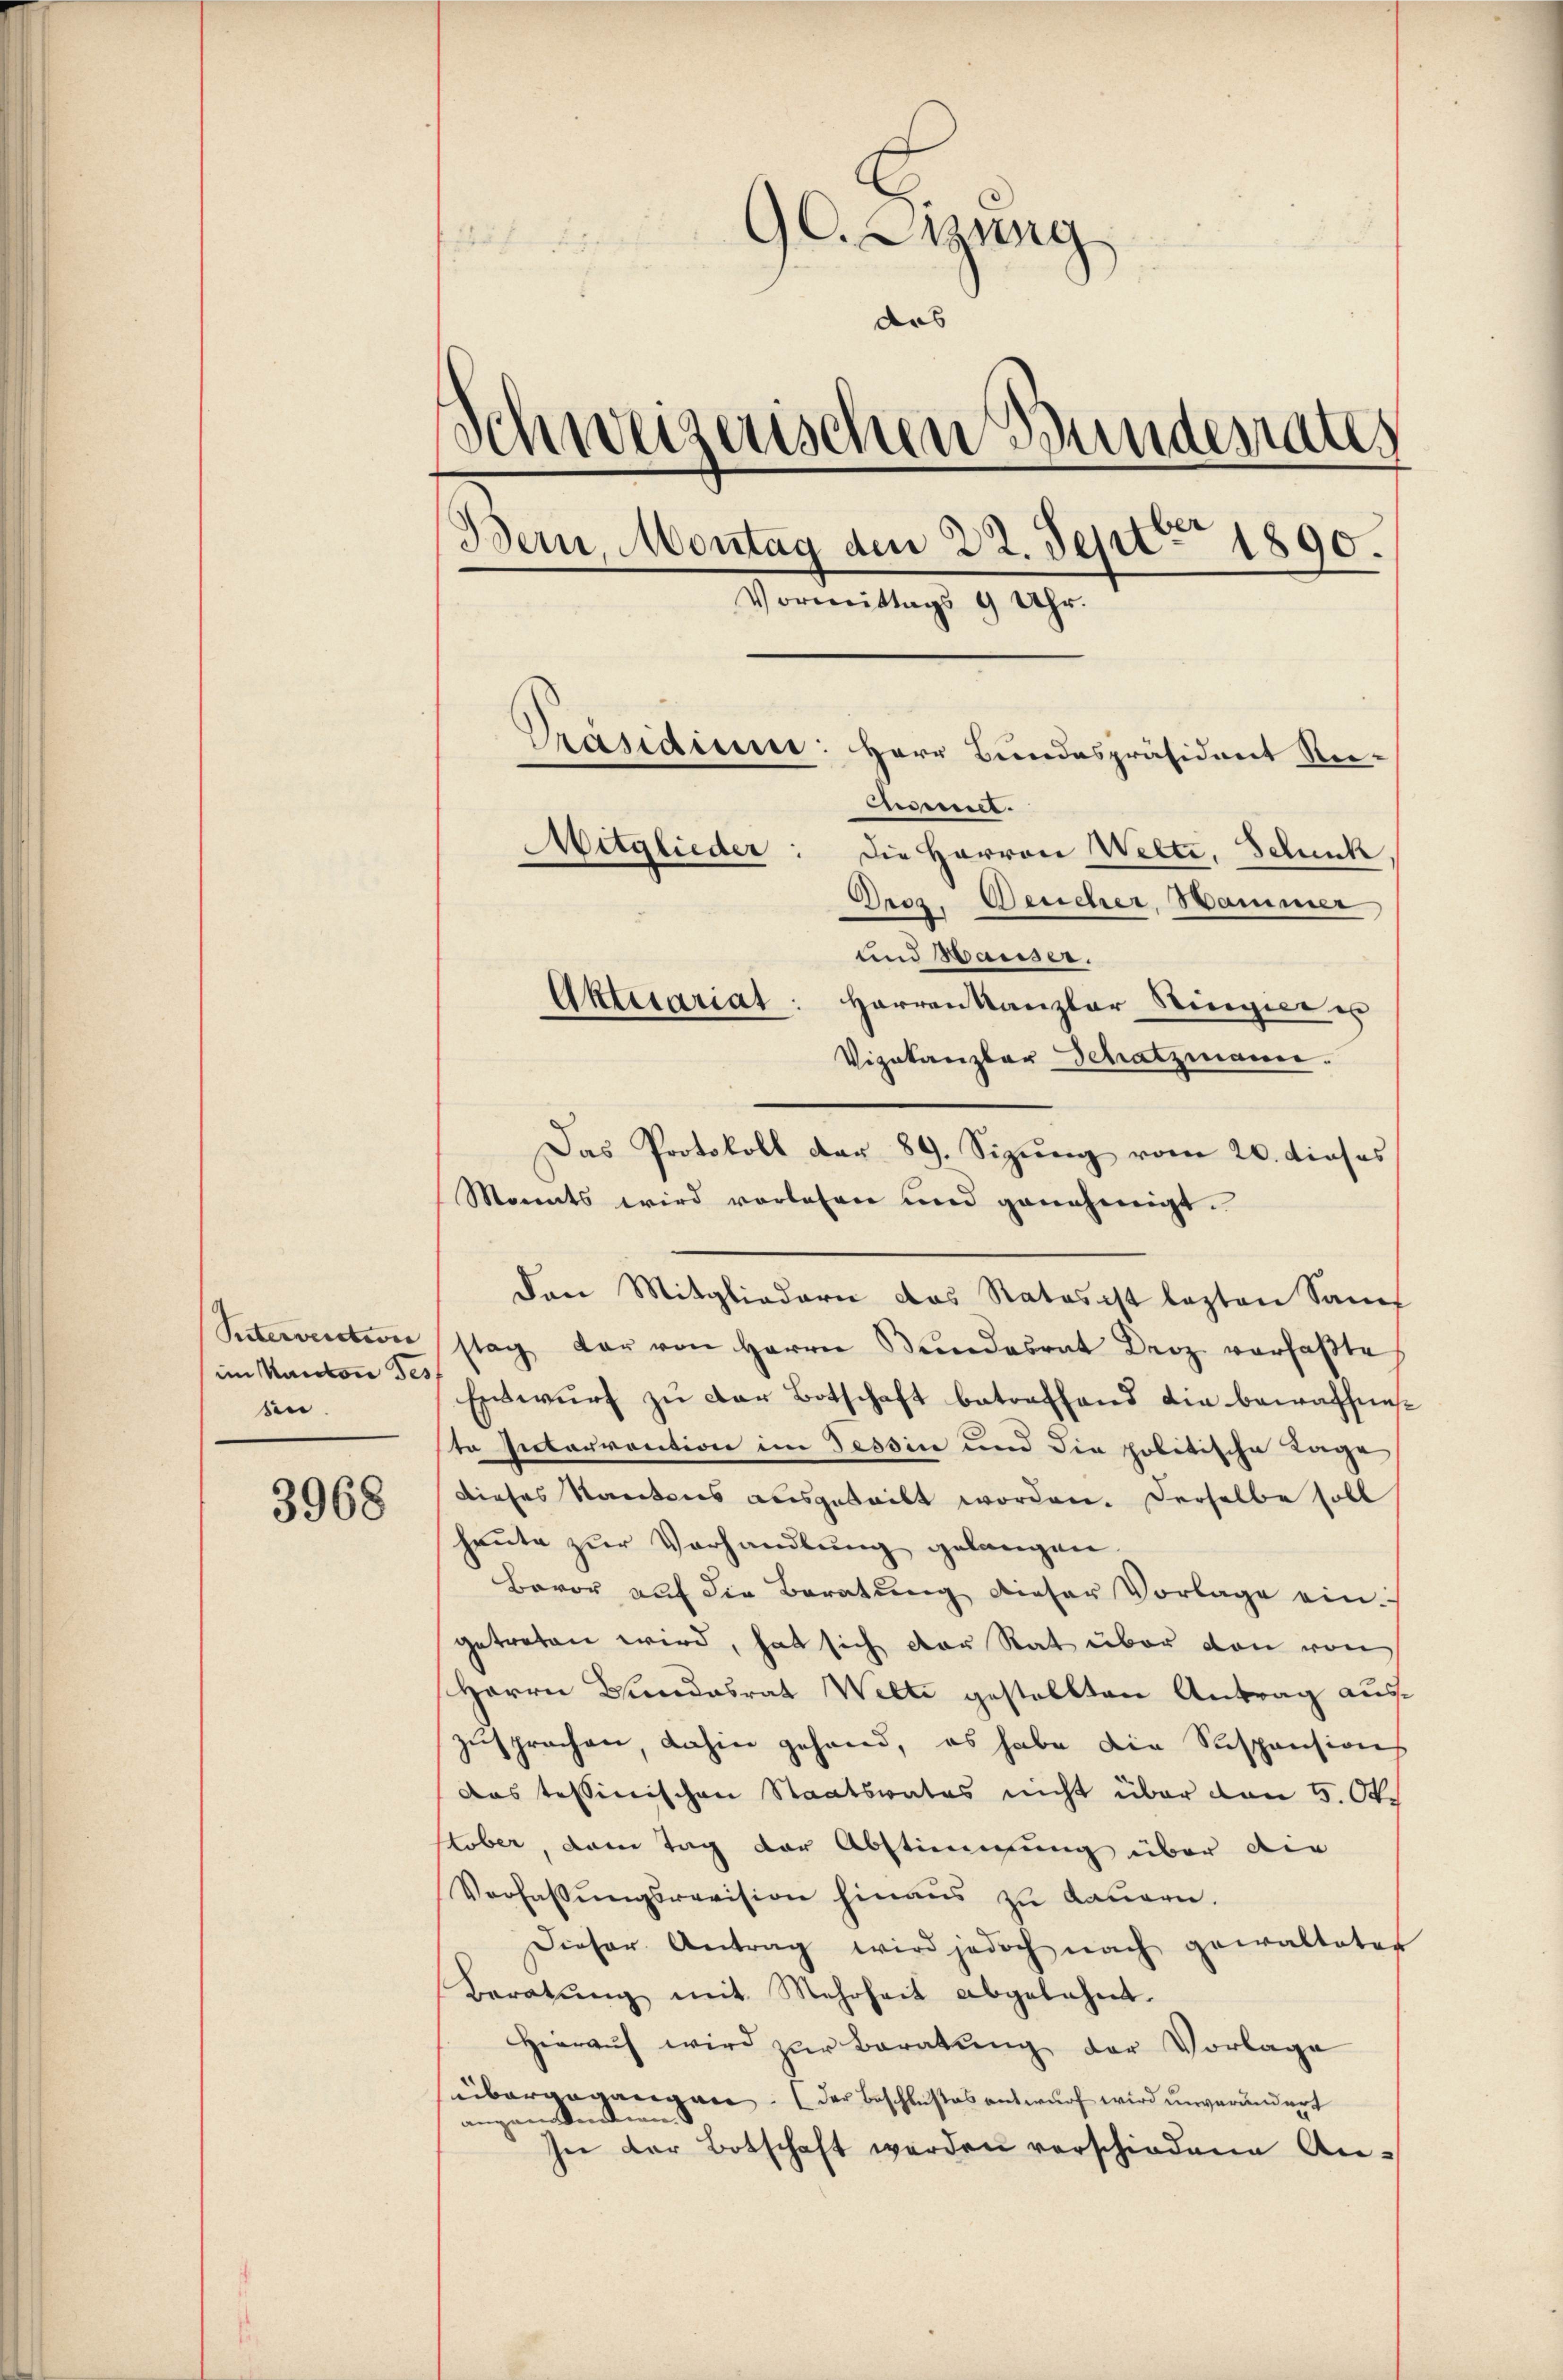
Sittervenction
im Kanton des
den

3968

9. Sizung
stät
das
Schweizerischen Bundesrates
Bern, Montag den 22. Sept 1890.
Vormittags 9 Uhr.
Präsidium: Herr Bundespräsident Re-
mummt.
Mitglieder: die Herren Welti, Schank
Droz. Deucher, Hammer
und Hausser.
Aktecariat: Herren Kanzler Singer u

Vizekanzler Schatzmann.
Das Protokoll dar 89. Sizŭng vom 20. dieses
Monats wird vorlesen und genehmigt.
Den Mitgliedern das Rates ist lezten Sanf
stag der von Herrn Bundesrat Droz. verfaβte
Entwurf zu der Botschaft betreffend die bewaffneste Interrention im Tessin und die politische Lage
dieses Kantons ausgeteilt worden. Derselbe soll
heute zur Verhandlung gelangen.
Bavor auf die Beratung dieser Vorlage ein.
getreten wird, hat sich der Rat über von von
Herrn Bundesrat Welti gestellten Antrag auszŭsprachen, dahin gehand, es habe die Suspensions
das tessinischen Staatsrates nicht über den 5. Okt.
tober, dem Tag der Abstimmung über die
Verfassŭngsrevision hinaus zu dauern.
Dieser Antrag wird jedoch nach gewalteter
Beratung mit Mehrheit abgelehnt.
Hieraŭf wird zŭr Beratŭng der Vorlage
übergegangen. (der Beschlußes antwurf wird unverändert
angantenden
In der Botschaft werden verschiedene An-